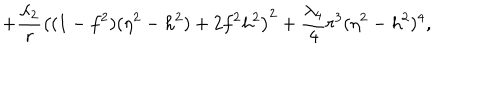
+ \frac { \lambda _ { 2 } } { r } \left( ( 1 - f ^ { 2 } ) ( \eta ^ { 2 } - h ^ { 2 } ) + 2 f ^ { 2 } h ^ { 2 } \right) ^ { 2 } + \frac { \lambda _ { 4 } } { 4 } r ^ { 3 } ( \eta ^ { 2 } - h ^ { 2 } ) ^ { 4 } ,